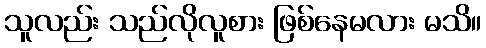
သူလည်း သည်လိုလူစား ဖြစ်နေမလား မသိ။